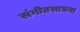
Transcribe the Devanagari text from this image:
संगीतसाधना